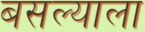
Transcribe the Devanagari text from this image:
बसल्याला